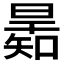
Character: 𣊋